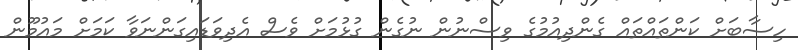
ހިސާބަށް ކަންތައްތައް ގެންދިއުމުގެ ވިސްނުން ނުގެން ގުޅުމަށް ވެސް އެދިވަޑައިގަންނަވާ ކަމަށް މައުމޫން